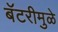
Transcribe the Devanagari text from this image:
बॅटरीमुळे